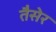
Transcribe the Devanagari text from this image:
तैसेर